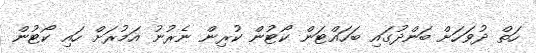
ހަތް ދުވަހަށް ބަންދުގައި ބަހައްޓަން ކޯޓުން ކުރިން ނެރުނު އަމުރަށް ހައި ކޯޓުން